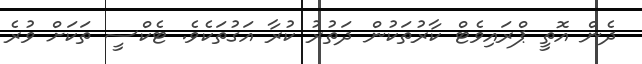
ދެން އޮތީ ޕްރައިވެޓް ކާރުތަކުން ދަތުރު ކުރާ އަގުތަކެވެ. ޓެކްސީ ތަކަށް ވުރެ